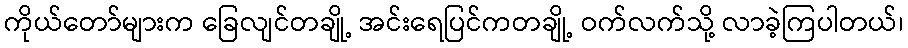
ကိုယ်တော်များက ခြေလျင်တချို့ အင်းရေပြင်ကတချို့ ဝက်လက်သို့ လာခဲ့ကြပါတယ်၊